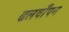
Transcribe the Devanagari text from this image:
ढलवाँपन